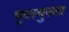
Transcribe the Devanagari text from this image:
फूलचुख्या